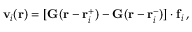
\mathbf { v } _ { i } ( \mathbf { r } ) = [ \mathbf { G } ( \mathbf { r } - \mathbf { r } _ { i } ^ { + } ) - \mathbf { G } ( \mathbf { r } - \mathbf { r } _ { i } ^ { - } ) ] \cdot \mathbf { f } _ { i } \, ,